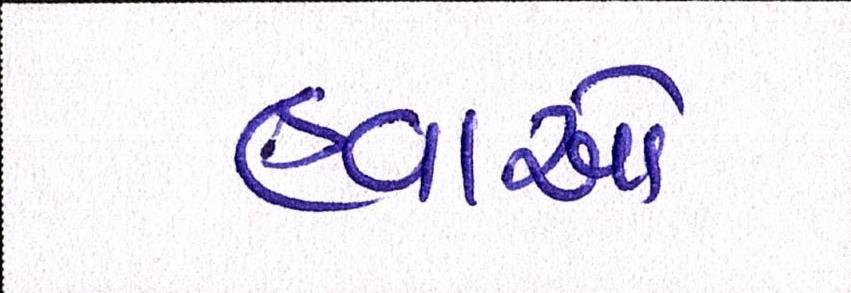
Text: હવાઓ